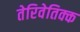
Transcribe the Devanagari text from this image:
तेरिवेतिक्क